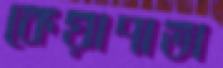
কেয়াপাতা